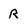
Character: R